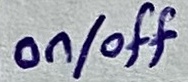
Text: on/off